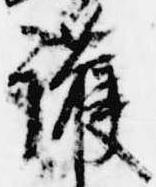
護